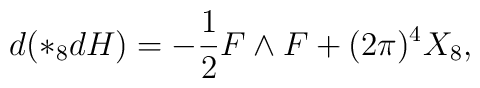
d( \ast_{8} d H) = - \frac{1}{2} F \wedge F +             (2 \pi)^4 X_{8},